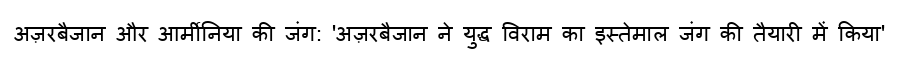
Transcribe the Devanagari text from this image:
अज़रबैजान और आर्मीनिया की जंग: 'अज़रबैजान ने युद्ध विराम का इस्तेमाल जंग की तैयारी में किया'